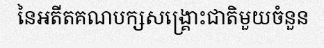
នៃអតីតគណបក្សសង្គ្រោះជាតិមួយចំនួន